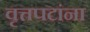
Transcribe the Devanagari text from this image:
वृत्तपटांना